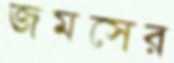
জমসের